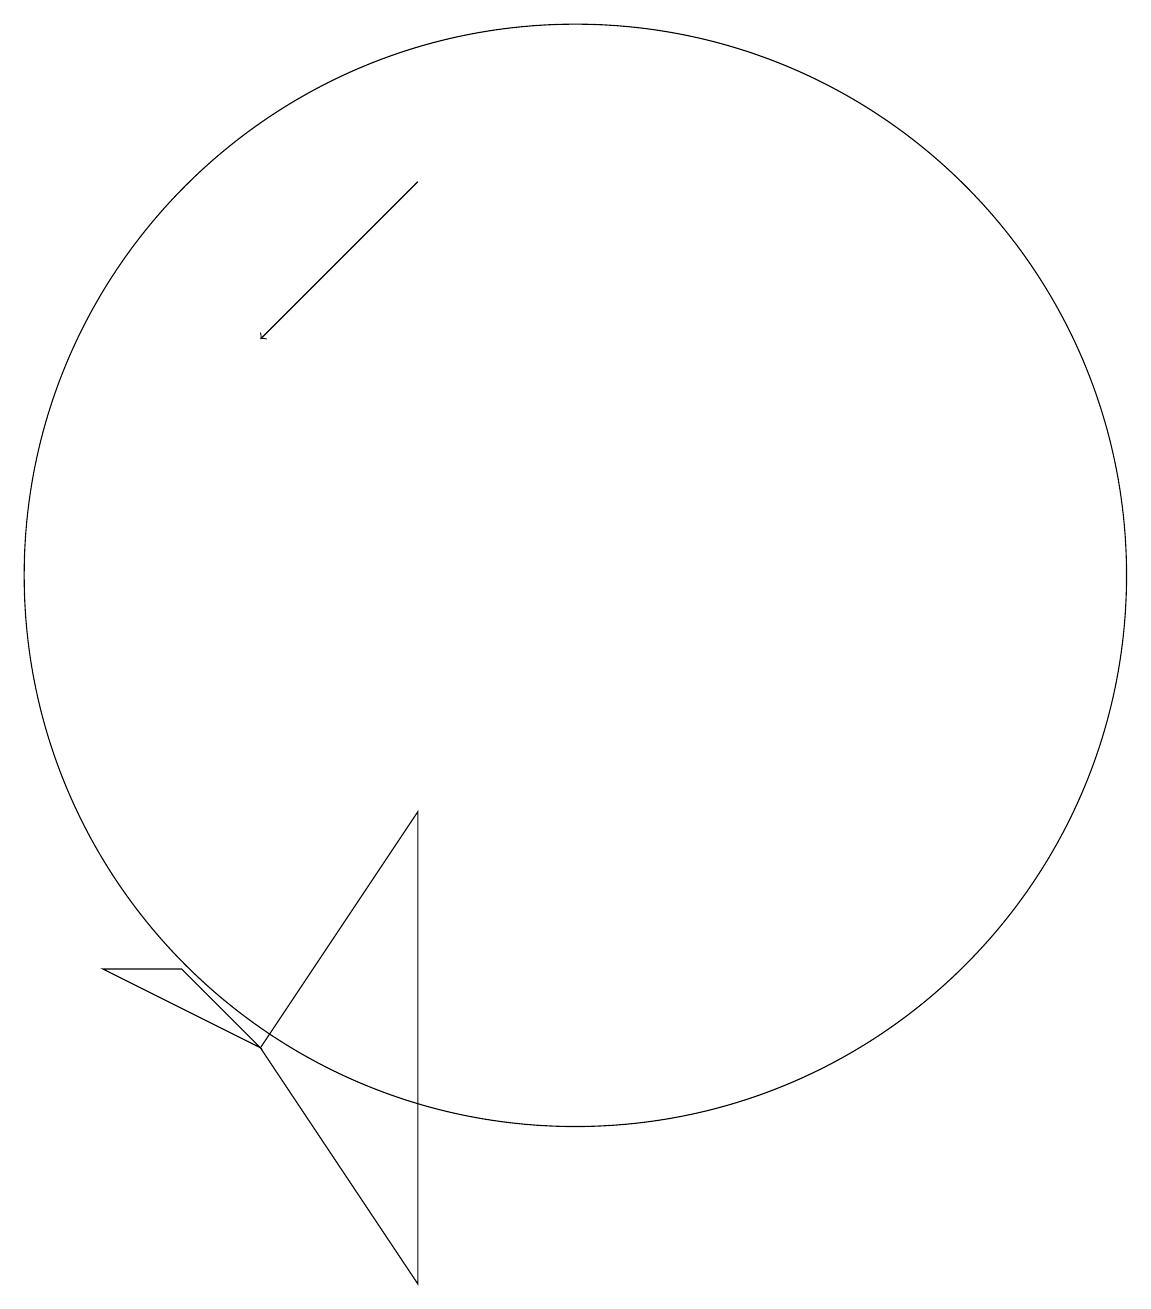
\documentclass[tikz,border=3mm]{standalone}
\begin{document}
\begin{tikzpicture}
\draw (9,2) -- (9,8) -- (7,5) -- cycle;
\draw (11,11) circle (7);
\draw (7,5) -- (6,6) -- (5,6) -- cycle;
\draw[->] (9,16) -- (7,14);
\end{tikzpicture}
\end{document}